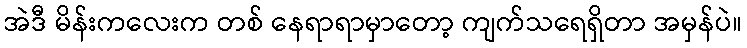
အဲဒီ မိန်းကလေးက တစ် နေရာရာမှာတော့ ကျက်သရေရှိတာ အမှန်ပဲ။